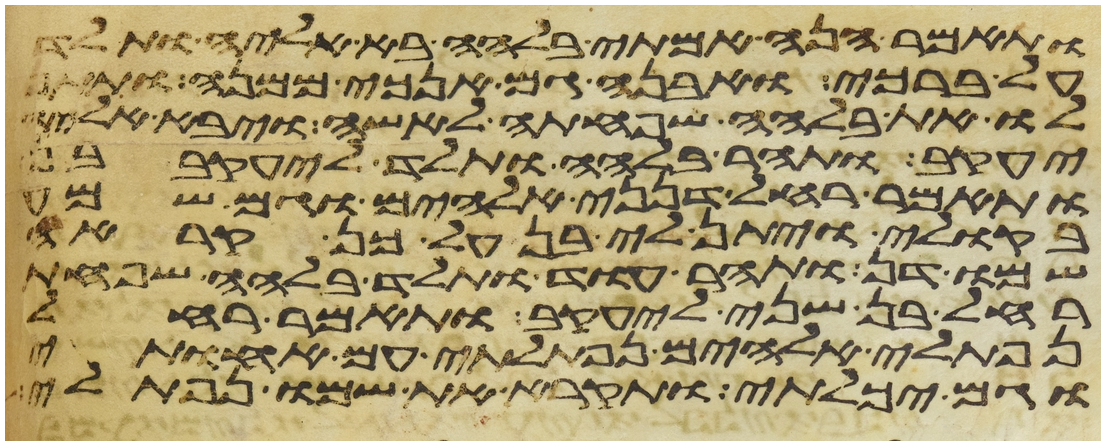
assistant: ותאמר הנה אמתי בלהה בא אליה ותלד
על ברכי ואבנה גם אנכי ממנה ותתן
לו את בלהה שפחתה לאשה ויבא אליה
יעקב ותהר בלהה ותלד ליעקב בן
ותאמר רחל דנני אלהים וגם שמע
בקולי ויתן לי בן על כן קראה
שמו דן ותהר עוד ותלד בלהה שפחת
רחל בן שני ליעקב ותאמר רחל
נפתלי אלהים נפתלתי עם אחותי
וגם יכלתי ותקרא את שמו נפתלי